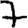
Digit: 7